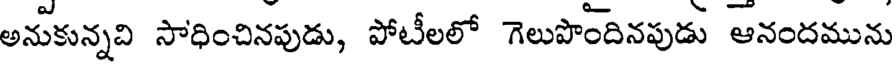
అనుకున్నవి సాధించినపుడు, పోటీలలో గెలుపొందినపుడు ఆనందమును